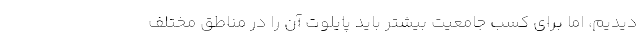
دیدیم، اما برای کسب جامعیت بیشتر باید پایلوت آن را در مناطق مختلف